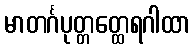
မာတင်္ဂပုတ္တတ္ထေရဂါထာ